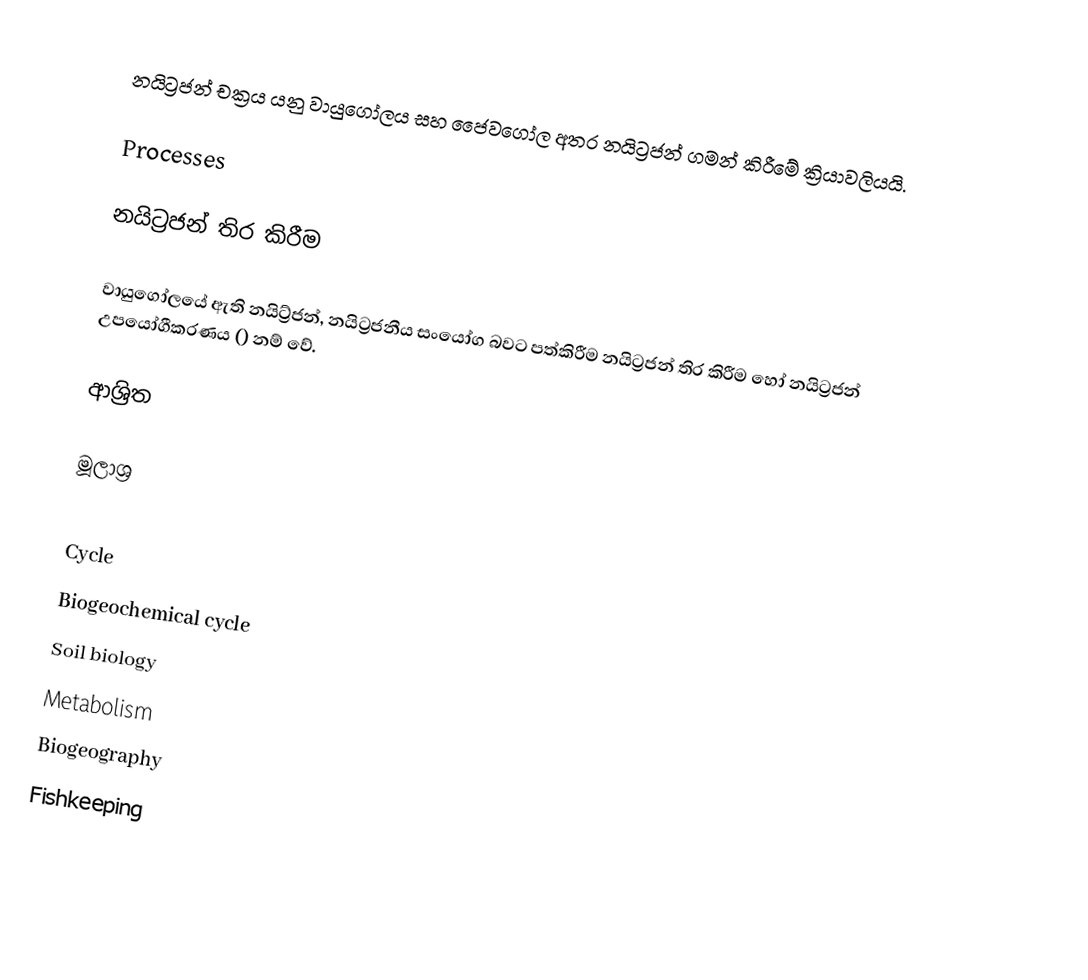
නයිට්‍රජන් චක්‍රය යනු වායුගෝලය සහ ජෛවගෝල අතර නයිට්‍රජන් ගමන් කිරීමේ ක්‍රියාවලියයි.

Processes

නයිට්‍රජන් තිර කිරීම

වායුගෝලයේ ඇති නයිට්‍ර්ජන්, නයිට්‍රජනීය සංයෝග බවට පත්කිරීම නයිට්‍රජන් තිර කිරීම හෝ නයිට්‍රජන් උපයෝගීකරණය () නම් වේ.

ආශ්‍රිත

මූලාශ්‍ර

Cycle
Biogeochemical cycle
Soil biology
Metabolism
Biogeography
Fishkeeping